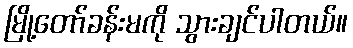
မြို့တော်ခန်းမကို သွားချင်ပါတယ်။